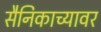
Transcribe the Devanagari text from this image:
सैनिकाच्यावर